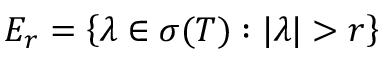
E _ { r } = \left\{ \lambda \in \sigma ( T ) : | \lambda | > r \right\}